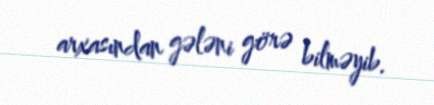
arxasından gələni görə bilməyib.